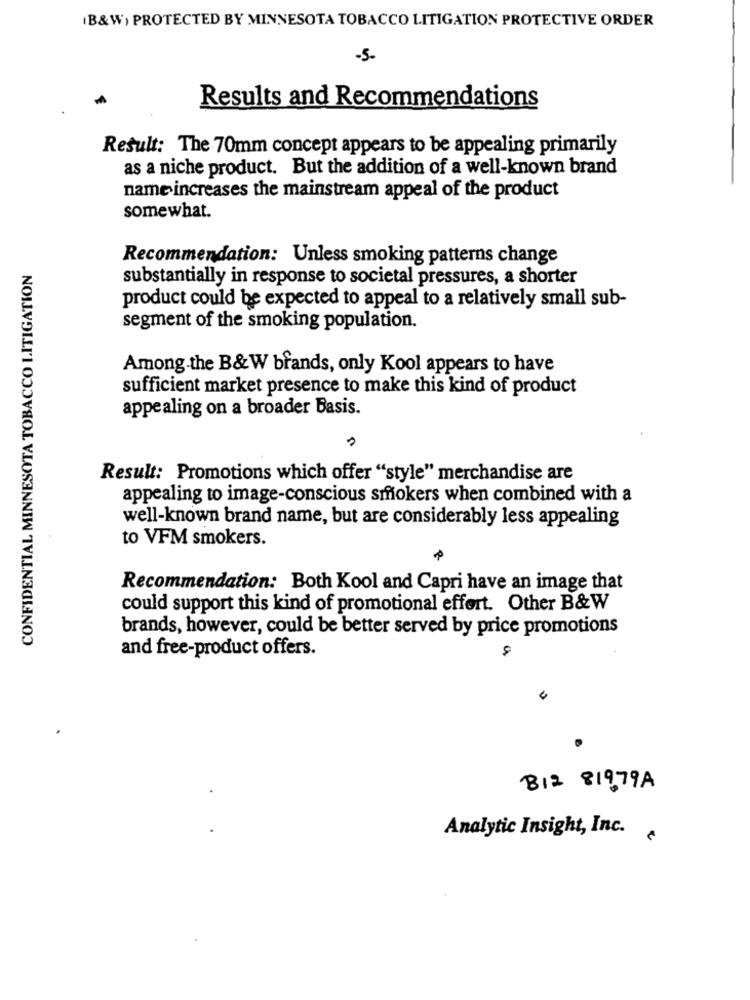
(B&W) PROTECTED BY MINNESOTA TOBACCO LITIGATION PROTECTIVE ORDER
-5.
Results and Recommendations
Result: The 70mm concept appears to be appealing primarily
as a niche product. But the addition of a well-known brand
name increases the mainstream appeal of the product
somewhat.
Recommendation: Unless smoking patterns change
CONFIDENTIAL MINNESOTA TOBACCO LITIGATION
substantially in response to societal pressures, a shorter
product could be expected to appeal to a relatively small sub-
segment of the smoking population.
Among the B&W brands, only Kool appears to have
sufficient market presence to make this kind of product
appealing on a broader Basis.
Result: Promotions which offer "style" merchandise are
appealing to image-conscious smokers when combined with a
well-known brand name, but are considerably less appealing
to VFM smokers.
Recommendation: Both Kool and Capri have an image that
could support this kind of promotional effort. Other B&W
brands, however, could be better served by price promotions
and free-product offers.
4
812 81979A
Analytic Insight, Inc.